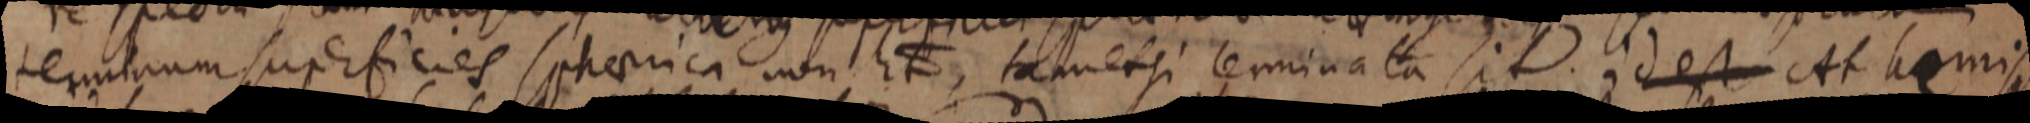
terminum superficies sphaerica non ut tamet si terminata sit id est At homis